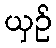
ယှဉ်